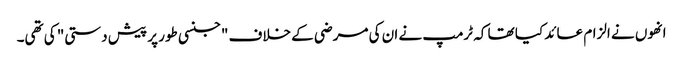
انھوں نے الزام عائد کیا تھا کہ ٹرمپ نے ان کی مرضی کے خلاف "جنسی طور پر پیش دستی" کی تھی۔